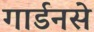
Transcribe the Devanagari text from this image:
गार्डनसे